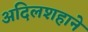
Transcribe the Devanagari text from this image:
अदिलशहाने